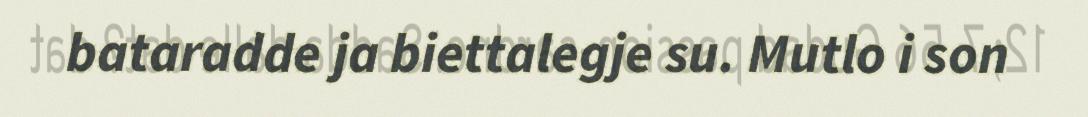
bataradde ja biettalegje su. Mutlo i son